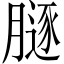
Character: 𦟥